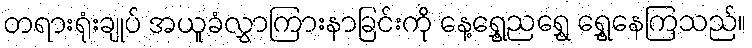
တရားရုံးချုပ် အယူခံလွှာကြားနာခြင်းကို နေ့ရွှေ့ညရွှေ့ ရွှေ့နေကြသည်။